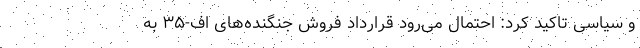
و سیاسی تاکید کرد: احتمال می‌رود قرارداد فروش جنگنده‌های اف-۳۵ به